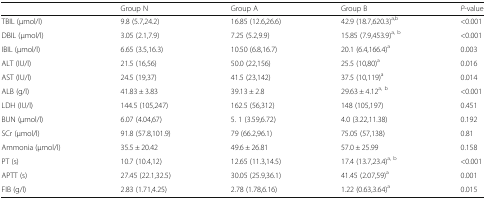
|  | Group N | Group A | Group B | P-value |
 | --- | --- | --- | --- | --- |
 | TBIL (μmol/l) | 9.8 (5.7,24.2) | 16.85 (12.6,26.6) | 42.9 (18.7,620.3)a,b | <0.001 |
 | DBIL (μmol/l) | 3.05 (2.1,7.9) | 7.25 (5.2,9.9) | 15.85 (7.9,453.9)a, b | <0.001 |
 | IBIL (μmol/l) | 6.65 (3.5,16.3) | 10.50 (6.8,16.7) | 20.1 (6.4,166.4)a | 0.003 |
 | ALT (IU/l) | 21.5 (16,56) | 50.0 (22,156) | 25.5 (10,80)a | 0.016 |
 | AST (IU/l) | 24.5 (19,37) | 41.5 (23,142) | 37.5 (10,119)a | 0.014 |
 | ALB (g/l) | 41.83 ± 3.83 | 39.13 ± 2.8 | 29.63 ± 4.12a, b | <0.001 |
 | LDH (IU/l) | 144.5 (105,247) | 162.5 (56,312) | 148 (105,197) | 0.451 |
 | BUN (μmol/l) | 6.07 (4.04,67) | 5. 1 (3.59,6.72) | 4.0 (3.22,11.38) | 0.192 |
 | SCr (μmol/l) | 91.8 (57.8,101.9) | 79 (66.2,96.1) | 75.05 (57,138) | 0.81 |
 | Ammonia (μmol/l) | 35.5 ± 20.42 | 49.6 ± 26.81 | 57.0 ± 25.99 | 0.158 |
 | PT (s) | 10.7 (10.4,12) | 12.65 (11.3,14.5) | 17.4 (13.7,23.4)a, b | <0.001 |
 | APTT (s) | 27.45 (22.1,32.5) | 30.05 (25.9,36.1) | 41.45 (2.07,59)a | 0.001 |
 | FIB (g/l) | 2.83 (1.71,4.25) | 2.78 (1.78,6.16) | 1.22 (0.63,3.64)a | 0.015 |